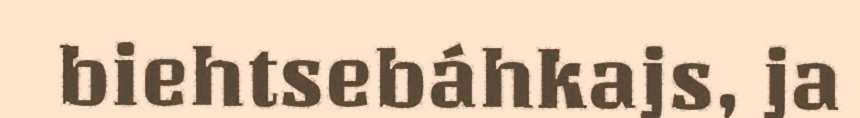
biehtsebáhkajs, ja